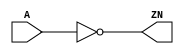
module INV_X8 (A, ZN);
  input A;
  output ZN;
  not(ZN, A);
  specify
    (A => ZN) = (0.1, 0.1);
  endspecify
endmodule